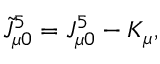
\tilde { J } _ { \mu 0 } ^ { 5 } = J _ { \mu 0 } ^ { 5 } - K _ { \mu } ,